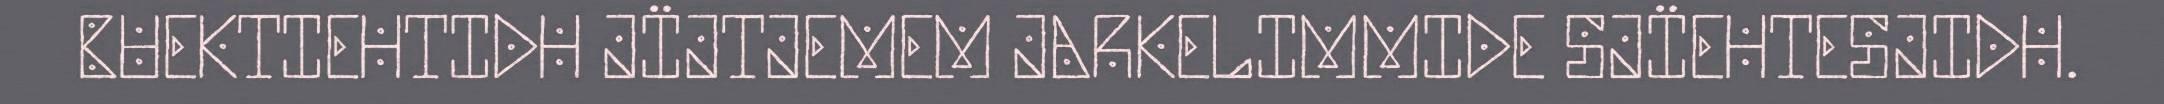
BUEKTIEHTIDH JÏJTJEMEM JARKELIMMIDE SJÏEHTESJIDH.